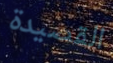
القصيدة